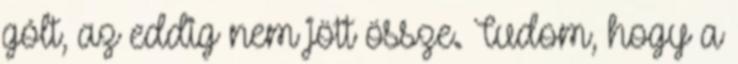
gólt, az eddig nem jött össze. Tudom, hogy a